Scottish Leaving Certificate Examination, 1960
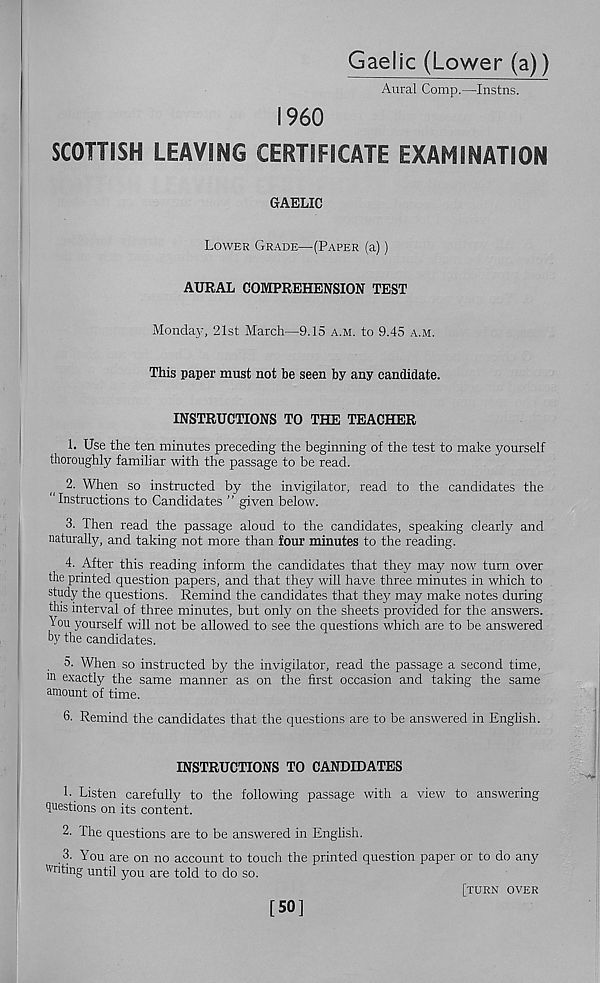
Gaelic (Lower (a))
Aural Comp.—Instns.
I960
SCOTTISH LEAVING CERTIFICATE EXAMINATION
GAELIC
Lower Grade—(Paper (a))
AURAL COMPREHENSION TEST
Monday, 21st March—9.15 a.m. to 9.45 a.m.
This paper must not he seen by any candidate.
INSTRUCTIONS TO THE TEACHER
1. Use the ten minutes preceding the beginning of the test to make yourself
thoroughly familiar with the passage to be read.
2. When so instructed by the invigilator, read to the candidates the
“ Instructions to Candidates ” given below.
3. Then read the passage aloud to the candidates, speaking dearly and
naturally, and taking not more than four minutes to the reading.
4. After this reading inform the candidates that they may now turn over
the printed question papers, and that they will have three minutes in which to
study the questions. Remind the candidates that they may make notes during
this interval of three minutes, but only on the sheets provided for the answers.
You yourself will not be allowed to see the questions which are to be answered
by the candidates.
5. When so instructed by the invigilator, read the passage a second time,
m exactly the same manner as on the first occasion and taking the same
amount of time.
6. Remind the candidates that the questions are to be answered in English.
INSTRUCTIONS TO CANDIDATES
1. Listen carefully to the following passage with a view to answering
questions on its content.
2. The questions are to be answered in English.
3- Y ? ou are on no account to touch the printed question paper or to do any
Writing until you are told to do so.
[turn over
[50]